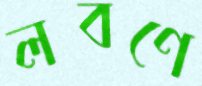
লবণে